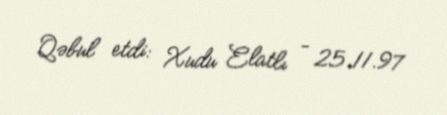
Qəbul etdi: Xudu Elatlı - 25.11.97